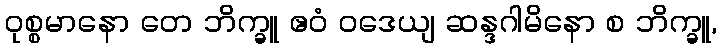
ဝုစ္စမာနော တေ ဘိက္ခူ ဧဝံ ဝဒေယျ ဆန္ဒဂါမိနော စ ဘိက္ခူ,